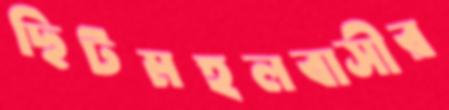
ছিটমহলবাসীর